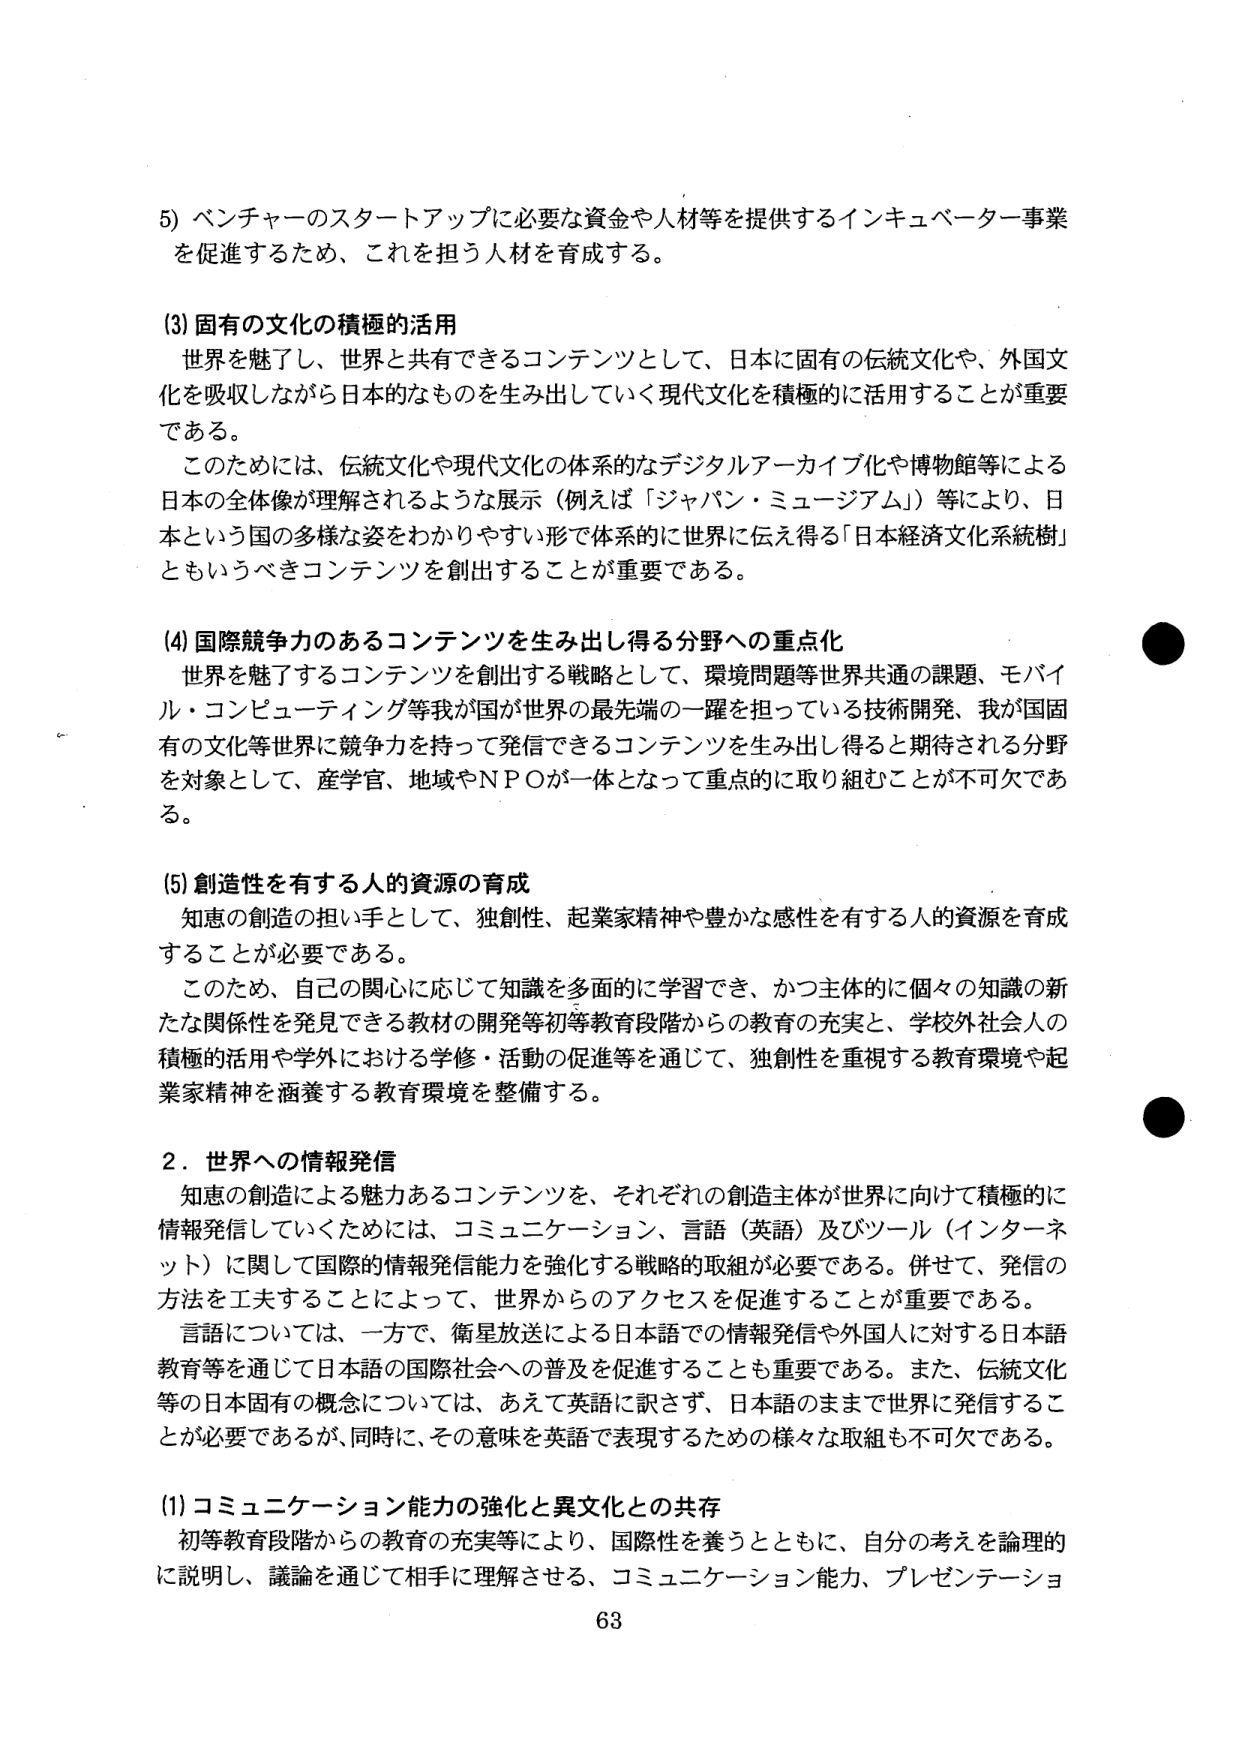
5) ベンチャーのスタートアップに必要な資金や人材等を提供するインキュベーター事業を促進するため、これを担う人材を育成する。

(3) 固有の文化の積極的活用
世界を魅了し、世界と共有できるコンテンツとして、日本に固有の伝統文化や、外国文化を吸収しながら日本的なものを生み出していく現代文化を積極的に活用することが重要である。
このためには、伝統文化や現代文化の体系的なデジタルアーカイブ化や博物館等による日本の全体像が理解されるような展示（例えば「ジャパン・ミュージアム」）等により、日本という国の多様な姿をわかりやすい形で体系的に世界に伝え得る「日本経済文化系統樹」ともいうべきコンテンツを創出することが重要である。

(4) 国際競争力のあるコンテンツを生み出し得る分野への重点化
世界を魅了するコンテンツを創出する戦略として、環境問題等世界共通の課題、モバイル・コンピューティング等我が国が世界の最先端の一躍を担っている技術開発、我が国固有の文化等世界に競争力を持って発信できるコンテンツを生み出し得ると期待される分野を対象として、産学官、地域やNPOが一体となって重点的に取り組むことが不可欠である。

(5) 創造性を有する人的資源の育成
知恵の創造の担い手として、独創性、起業家精神や豊かな感性を有する人的資源を育成することが必要である。
このため、自己の関心に応じて知識を多面的に学習でき、かつ主体的に個々の知識の新たな関係性を発見できる教材の開発等初等教育段階からの教育の充実と、学校外社会人の積極的活用や学外における学修・活動の促進等を通じて、独創性を重視する教育環境や起業家精神を涵養する教育環境を整備する。

2．世界への情報発信
知恵の創造による魅力あるコンテンツを、それぞれの創造主体が世界に向けて積極的に情報発信していくためには、コミュニケーション、言語（英語）及びツール（インターネット）に関して国際的情報発信能力を強化する戦略的取組が必要である。併せて、発信の方法を工夫することによって、世界からのアクセスを促進することが重要である。
言語については、一方で、衛星放送による日本語での情報発信や外国人に対する日本語教育等を通じて日本語の国際社会への普及を促進することも重要である。また、伝統文化等の日本固有の概念については、あえて英語に訳さず、日本語のままで世界に発信することが必要であるが、同時に、その意味を英語で表現するための様々な取組も不可欠である。

(1) コミュニケーション能力の強化と異文化との共存
初等教育段階からの教育の充実等により、国際性を養うとともに、自分の考えを論理的に説明し、議論を通じて相手に理解させる、コミュニケーション能力、プレゼンテーショ

63